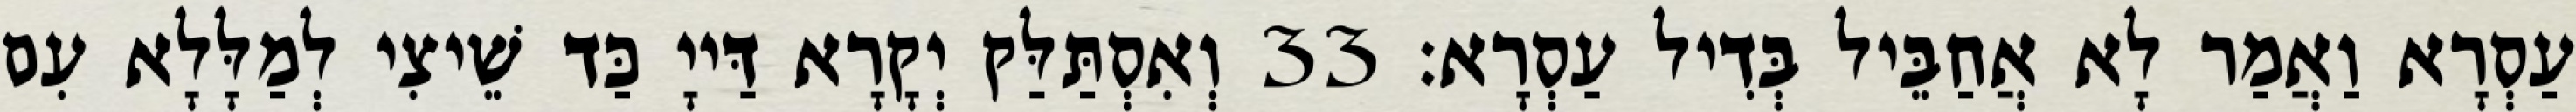
עַסְרָא וַאֲמַר לָא אֲחַבֵּיל בְּדִיל עַסְרָא׃ 33 וְאִסְתַּלַּק יְקָרָא דַּייָ כַּד שֵׁיצִי לְמַלָּלָא עִם